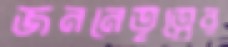
জননেতৃত্বের